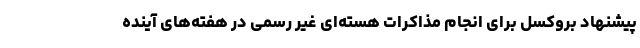
پیشنهاد بروکسل برای انجام مذاکرات هسته‌ای غیر رسمی در هفته‌های آینده